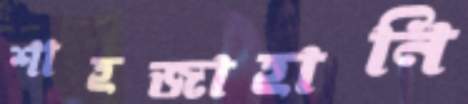
শাহজাহানি